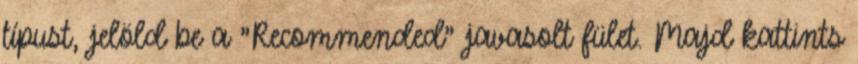
típust, jelöld be a "Recommended" javasolt fület. Majd kattints